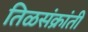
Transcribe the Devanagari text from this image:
तिळसंक्रांती